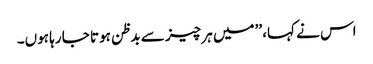
اس نے کہا، ’’میں ہر چیز سے بدظن ہوتا جا رہا ہوں۔